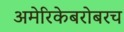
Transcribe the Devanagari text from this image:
अमेरिकेबरोबरच